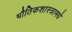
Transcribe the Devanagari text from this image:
भौतिकशास्त्रामधे